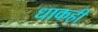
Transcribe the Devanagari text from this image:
धाकही